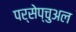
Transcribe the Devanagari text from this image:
पर्सेप्चुअल